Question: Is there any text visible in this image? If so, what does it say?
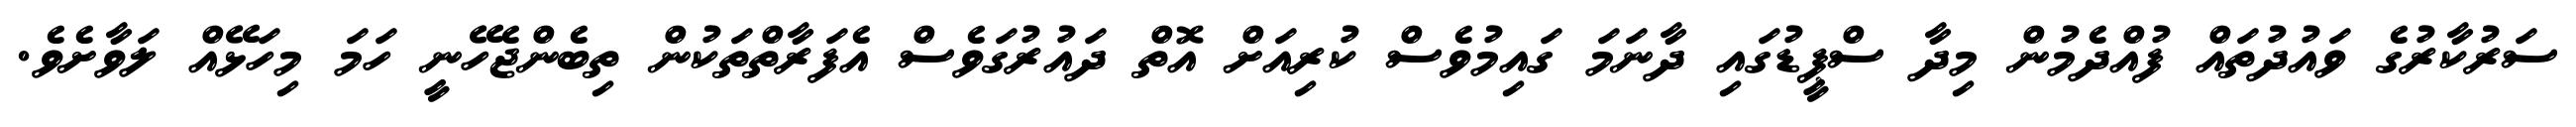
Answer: ސަރުކާރުގެ ވައުދުތައް ފުއްދެމުން މިދާ ސްޕީޑުގައި ދާނަމަ ގައިމުވެސް ކުރިއަށް އޮތް ދައުރުގަވެސް އެފަރާތްތަކުން ތިބެންޖެހޭނީ ހަމަ މިހަޅޭއް ލަވާށެވެ.